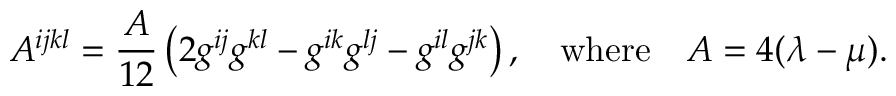
A ^ { i j k l } = \frac { A } { 1 2 } \left( 2 g ^ { i j } g ^ { k l } - g ^ { i k } g ^ { l j } - g ^ { i l } g ^ { j k } \right) , \quad \mathrm { w h e r e } \quad A = 4 ( \lambda - \mu ) .